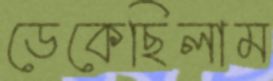
ডেকেছিলাম